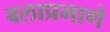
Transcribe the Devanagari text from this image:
बलाप्रमाणे